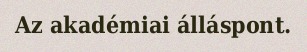
Az akadémiai álláspont.